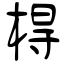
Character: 棏